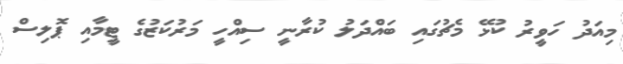
މިއަދު ހަވީރު ކުޅޭ މެޗުގައި ބައްދަލު ކުރާނީ ސިއްހީ މަރުކަޒުގެ ޓީމާއި ޕޮލިސް